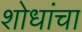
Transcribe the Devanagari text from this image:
शोधांचा